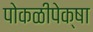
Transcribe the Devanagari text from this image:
पोकळीपेक्षा